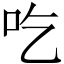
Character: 吃